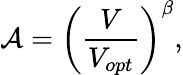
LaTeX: \mathcal{A}=\left(\frac{V}{V_{opt}}\right)^{\beta},